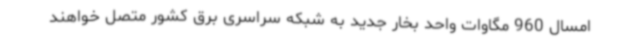
امسال 960 مگاوات واحد بخار جدید به شبکه سراسری برق کشور متصل خواهند